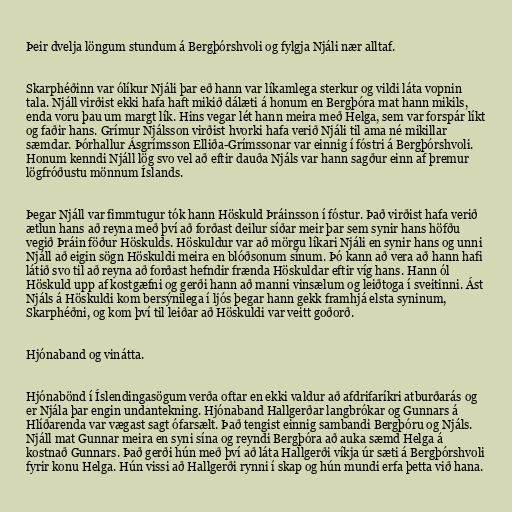
Þeir dvelja löngum stundum á Bergþórshvoli og fylgja Njáli nær alltaf.

Skarphéðinn var ólíkur Njáli þar eð hann var líkamlega sterkur og vildi láta vopnin
tala. Njáll virðist ekki hafa haft mikið dálæti á honum en Bergþóra mat hann mikils,
enda voru þau um margt lík. Hins vegar lét hann meira með Helga, sem var forspár líkt
og faðir hans. Grímur Njálsson virðist hvorki hafa verið Njáli til ama né mikillar
sæmdar. Þórhallur Ásgrímsson Elliða-Grímssonar var einnig í fóstri á Bergþórshvoli.
Honum kenndi Njáll lög svo vel að eftir dauða Njáls var hann sagður einn af þremur
lögfróðustu mönnum Íslands.

Þegar Njáll var fimmtugur tók hann Höskuld Þráinsson í fóstur. Það virðist hafa verið
ætlun hans að reyna með því að forðast deilur síðar meir þar sem synir hans höfðu
vegið Þráin föður Höskulds. Höskuldur var að mörgu líkari Njáli en synir hans og unni
Njáll að eigin sögn Höskuldi meira en blóðsonum sínum. Þó kann að vera að hann hafi
látið svo til að reyna að forðast hefndir frænda Höskuldar eftir víg hans. Hann ól
Höskuld upp af kostgæfni og gerði hann að manni vinsælum og leiðtoga í sveitinni. Ást
Njáls á Höskuldi kom bersýnilega í ljós þegar hann gekk framhjá elsta syninum,
Skarphéðni, og kom því til leiðar að Höskuldi var veitt goðorð.

Hjónaband og vinátta.

Hjónabönd í Íslendingasögum verða oftar en ekki valdur að afdrifaríkri atburðarás og
er Njála þar engin undantekning. Hjónaband Hallgerðar langbrókar og Gunnars á
Hlíðarenda var vægast sagt ófarsælt. Það tengist einnig sambandi Bergþóru og Njáls.
Njáll mat Gunnar meira en syni sína og reyndi Bergþóra að auka sæmd Helga á
kostnað Gunnars. Það gerði hún með því að láta Hallgerði víkja úr sæti á Bergþórshvoli
fyrir konu Helga. Hún vissi að Hallgerði rynni í skap og hún mundi erfa þetta við hana.